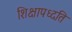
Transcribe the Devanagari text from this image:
शिक्षापध्दति